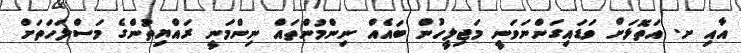
އާއި ށ. އަތޮޅަށް ވަޑައިގަންނަވަނީ މަޖިލީހުން ބައެއް ނިންމުންތައް ނިންމަނީ ރައްޔިތުންގެ މަސްލަހަތަށް